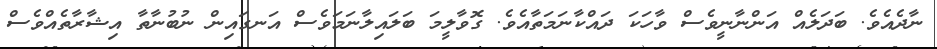
ނާދެއެވެ. ބަދަލެއް އަންނާނީވެސް ވާހަކަ ދައްކާނަމަތާއެވެ. ގޮވާލީމަ ބަލައިލާނަމަވެސް އަނގައިން ނުބުނާތާ އިޝާރާތެއްވެސް